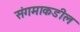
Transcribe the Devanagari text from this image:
संगमाकडील